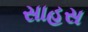
સાહસ